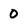
Character: 0